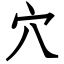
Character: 穴